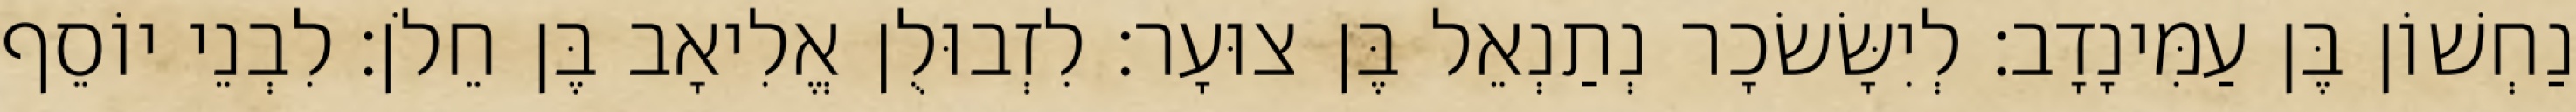
נַחְשׁוֹן בֶּן עַמִּינָדָב׃ לְיִשָּׂשׂכָר נְתַנְאֵל בֶּן צוּעָר׃ לִזְבוּלֻן אֱלִיאָב בֶּן חֵלֹן׃ לִבְנֵי יוֹסֵף